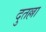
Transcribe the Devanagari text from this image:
दुतल्ला